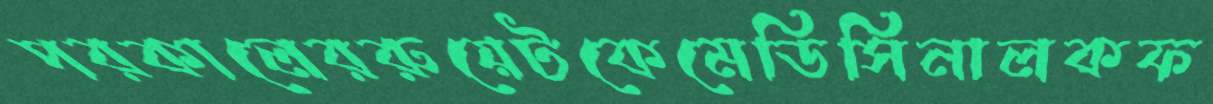
পরকালেররুয়েটকেমেডিসিনালকফ